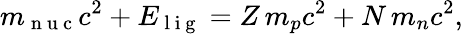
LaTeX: m_{\mathrm{~n~u~c~}}c^{2}+E_{\mathrm{~l~i~g~}}=Z\, m_{p}c^{2}+N\, m_{n}c^{2},